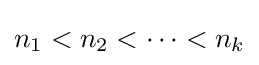
n_{1}<n_{2}<\cdots <n_{k}